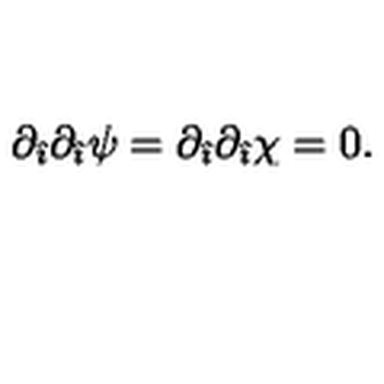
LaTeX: \partial _ { \hat { \imath } } \partial _ { \hat { \imath } } \psi = \partial _ { \hat { \imath } } \partial _ { \hat { \imath } } \chi = 0 .